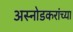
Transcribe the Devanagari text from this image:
अस्नोडकरांच्या